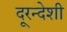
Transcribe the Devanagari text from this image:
दूरन्देशी